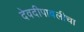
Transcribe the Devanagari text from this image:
देवदीपावलीचा